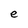
Character: e